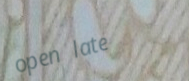
open late